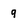
Character: 9